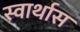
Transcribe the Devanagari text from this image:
स्वार्थास